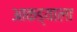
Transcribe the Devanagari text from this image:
आकड्याला